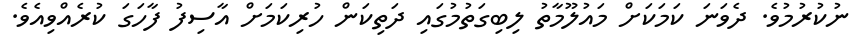
ނުކުރުމުވެ. ދެވަނަ ކަމަކަށް މައުލޫމާތު ލިބިގަތުމުގައި ދަތިކަން ހުރިކަމަށް އާސިފު ފާހަގަ ކުރެއްވިއެވެ.